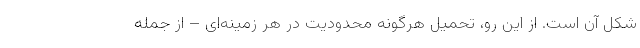
شکل آن است. از این رو، تحمیل هرگونه محدودیت در هر زمینه­‌ای – از جمله